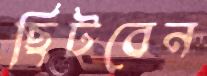
ছিটবেন